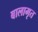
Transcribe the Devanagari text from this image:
बालामृत